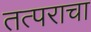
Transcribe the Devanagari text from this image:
तत्पराचा